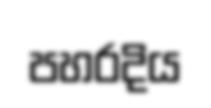
පහරදිය